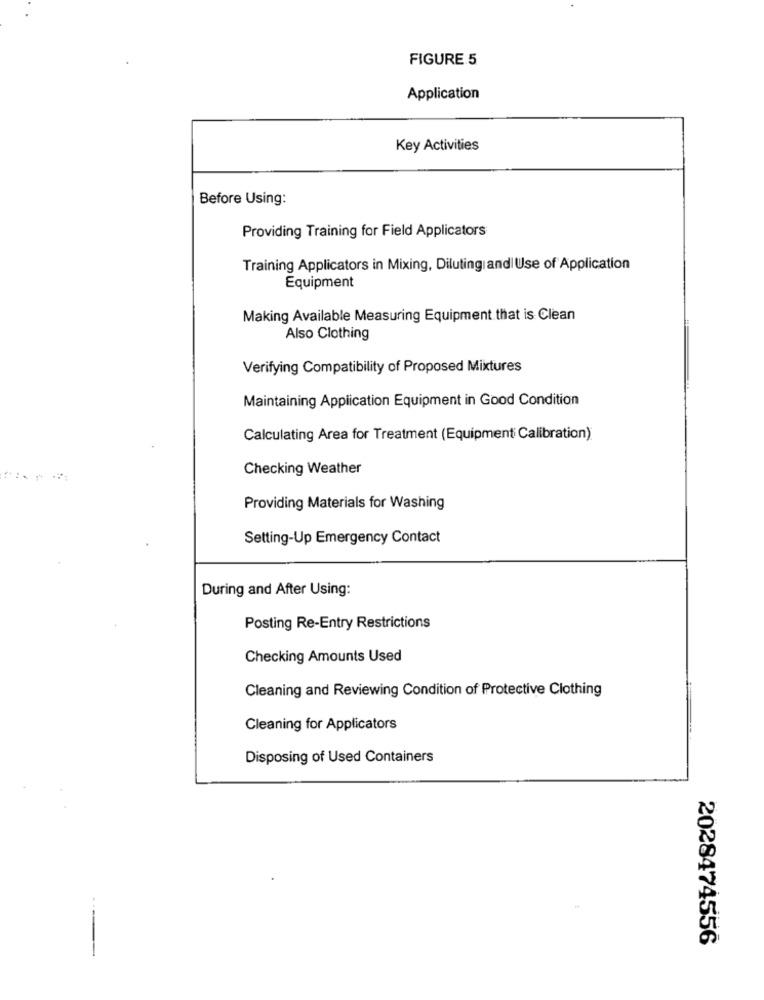
FIGURE 5
Application
Key Activities
Before Using:
Providing Training for Field Applicators
Training Applicators in Mixing, Diluting and Use of Application
Equipment
Making Available Measuring Equipment that is Clean
Also Clothing
Verifying Compatibility of Proposed Mixtures
Maintaining Application Equipment in Good Condition
Calculating Area for Treatment (Equipment Calibration)
Checking Weather
Providing Materials for Washing
Setting-Up Emergency Contact
During and After Using:
Posting Re-Entry Restrictions
Checking Amounts Used
Cleaning and Reviewing Condition of Protective Clothing
Cleaning for Applicators
Disposing of Used Containers
2028474556
-